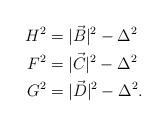
LaTeX: \begin{align*}H^2&=|\vec{B}|^2-\Delta^2\\F^2&=|\vec{C}|^2-\Delta^2\\G^2&=|\vec{D}|^2-\Delta^2.\end{align*}